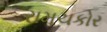
રામચકોર